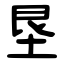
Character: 垦